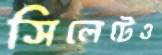
সিলেটেও